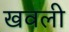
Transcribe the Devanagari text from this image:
खवली